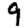
Digit: 9